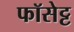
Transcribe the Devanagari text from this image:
फॉसेट्ट